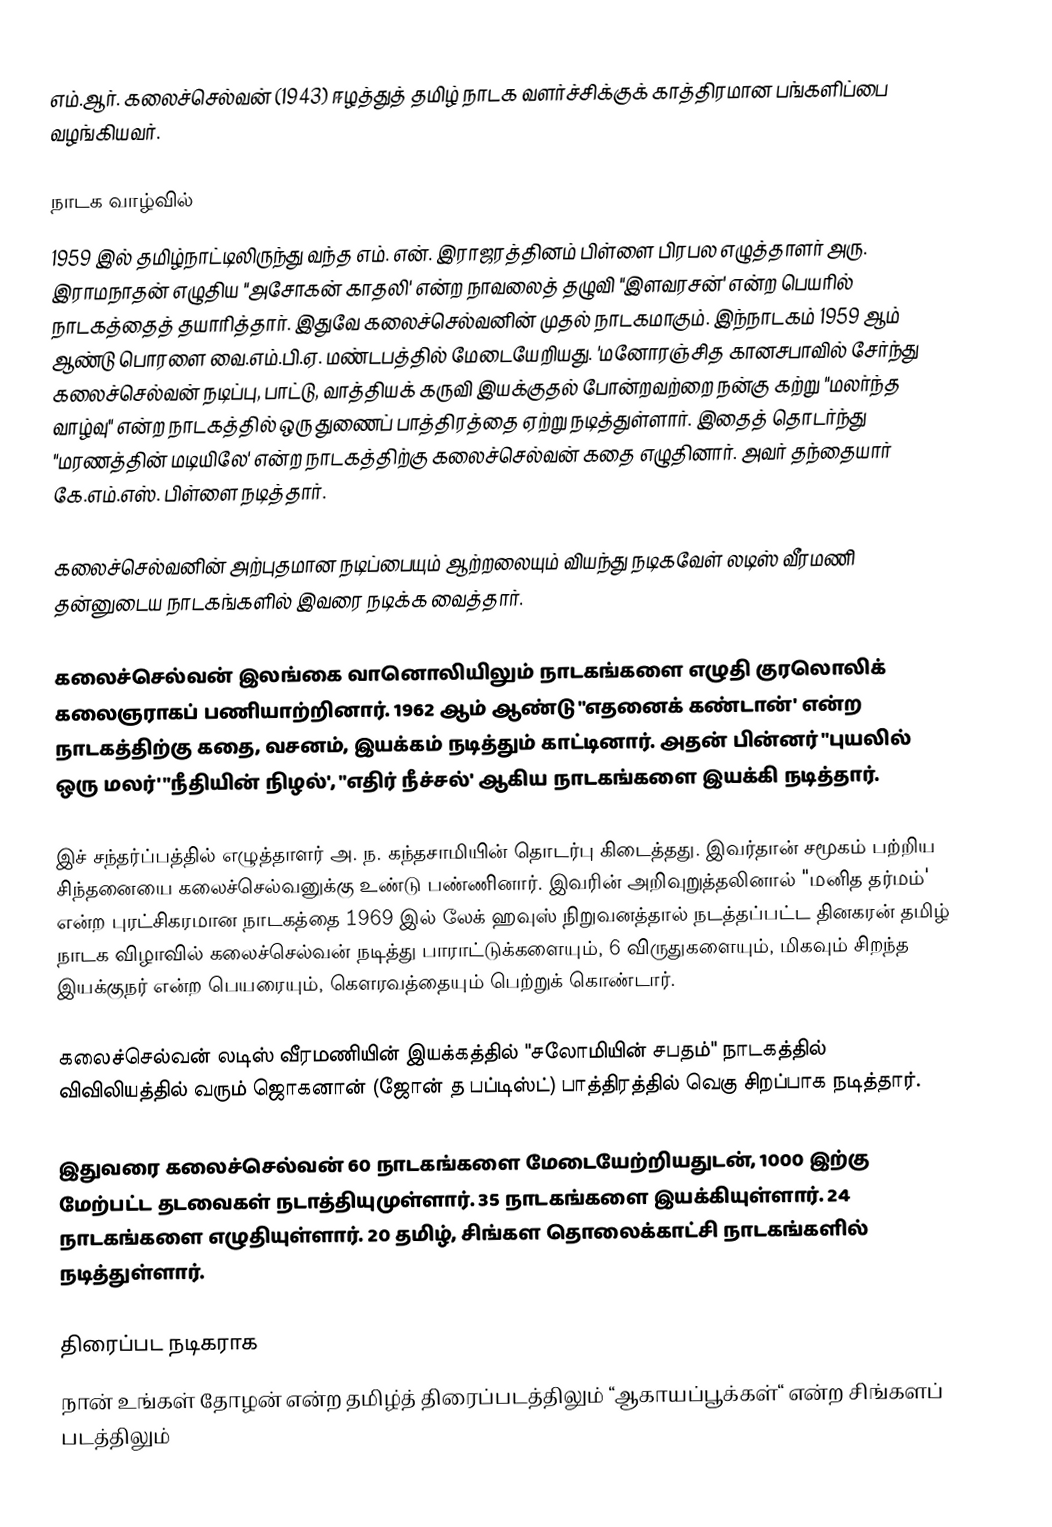
எம்.ஆர். கலைச்செல்வன் (1943) ஈழத்துத்  தமிழ் நாடக வளர்ச்சிக்குக் காத்திரமான பங்களிப்பை வழங்கியவர்.

நாடக வாழ்வில்
1959 இல் தமிழ்நாட்டிலிருந்து வந்த எம். என். இராஜரத்தினம் பிள்ளை பிரபல எழுத்தாளர் அரு. இராமநாதன் எழுதிய "அசோகன் காதலி' என்ற நாவலைத் தழுவி "இளவரசன்' என்ற பெயரில் நாடகத்தைத் தயாரித்தார். இதுவே கலைச்செல்வனின் முதல் நாடகமாகும். இந்நாடகம் 1959 ஆம் ஆண்டு பொரளை வை.எம்.பி.ஏ. மண்டபத்தில் மேடையேறியது. 'மனோரஞ்சித கானசபாவில் சேர்ந்து கலைச்செல்வன் நடிப்பு, பாட்டு, வாத்தியக் கருவி இயக்குதல் போன்றவற்றை நன்கு கற்று "மலர்ந்த வாழ்வு" என்ற நாடகத்தில் ஒரு துணைப் பாத்திரத்தை ஏற்று நடித்துள்ளார். இதைத் தொடர்ந்து "மரணத்தின் மடியிலே' என்ற நாடகத்திற்கு கலைச்செல்வன் கதை எழுதினார். அவர் தந்தையார் கே.எம்.எஸ். பிள்ளை நடித்தார்.

கலைச்செல்வனின் அற்புதமான நடிப்பையும் ஆற்றலையும் வியந்து நடிகவேள் லடிஸ் வீரமணி தன்னுடைய நாடகங்களில் இவரை நடிக்க வைத்தார்.

கலைச்செல்வன் இலங்கை வானொலியிலும் நாடகங்களை எழுதி குரலொலிக் கலைஞராகப் பணியாற்றினார். 1962 ஆம் ஆண்டு "எதனைக் கண்டான்' என்ற நாடகத்திற்கு கதை, வசனம், இயக்கம் நடித்தும் காட்டினார். அதன் பின்னர் "புயலில் ஒரு மலர்' "நீதியின் நிழல்', "எதிர் நீச்சல்' ஆகிய நாடகங்களை இயக்கி நடித்தார்.

இச் சந்தர்ப்பத்தில் எழுத்தாளர் அ. ந. கந்தசாமியின் தொடர்பு கிடைத்தது. இவர்தான் சமூகம் பற்றிய சிந்தனையை கலைச்செல்வனுக்கு உண்டு பண்ணினார். இவரின் அறிவுறுத்தலினால் "மனித தர்மம்' என்ற புரட்சிகரமான நாடகத்தை 1969 இல் லேக் ஹவுஸ் நிறுவனத்தால் நடத்தப்பட்ட தினகரன் தமிழ் நாடக விழாவில் கலைச்செல்வன் நடித்து பாராட்டுக்களையும், 6 விருதுகளையும், மிகவும் சிறந்த இயக்குநர் என்ற பெயரையும், கௌரவத்தையும் பெற்றுக் கொண்டார்.

கலைச்செல்வன் லடிஸ் வீரமணியின் இயக்கத்தில் "சலோமியின் சபதம்" நாடகத்தில் விவிலியத்தில் வரும் ஜொகனான் (ஜோன் த பப்டிஸ்ட்) பாத்திரத்தில் வெகு சிறப்பாக நடித்தார்.

இதுவரை கலைச்செல்வன் 60 நாடகங்களை மேடையேற்றியதுடன், 1000 இற்கு மேற்பட்ட தடவைகள் நடாத்தியுமுள்ளார். 35 நாடகங்களை இயக்கியுள்ளார். 24 நாடகங்களை எழுதியுள்ளார். 20 தமிழ், சிங்கள தொலைக்காட்சி நாடகங்களில் நடித்துள்ளார்.

திரைப்பட நடிகராக
நான் உங்கள் தோழன் என்ற தமிழ்த் திரைப்படத்திலும் “ஆகாயப்பூக்கள்“ என்ற சிங்களப் படத்திலும்